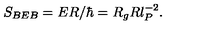
S _ { B E B } = E R / \hbar = R _ { g } R l _ { P } ^ { - 2 } .